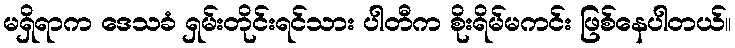
မရှိရာက ဒေသခံ ရှမ်းတိုင်းရင်သား ပါတီက စိုးရိမ်မကင်း ဖြစ်နေပါတယ်။